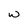
Character: w